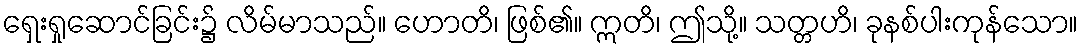
ရှေးရှုဆောင်ခြင်း၌ လိမ်မာသည်။ ဟောတိ၊ ဖြစ်၏။ ဣတိ၊ ဤသို့။ သတ္တဟိ၊ ခုနစ်ပါးကုန်သော။